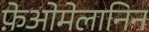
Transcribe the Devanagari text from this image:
फ़ेओमेलानिन